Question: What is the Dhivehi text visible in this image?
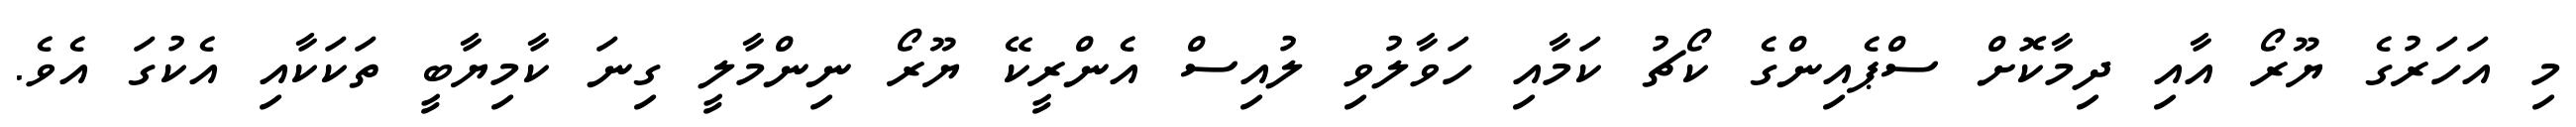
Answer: މި އަހަރުގެ ޔޫރޯ އާއި ދިމާކޮށް ސްޕެއިންގެ ކޯޗު ކަމާއި ހަވާލުވި ލުއިސް އެންރީކޭ ޔޫރޯ ނިންމާލީ ގިނަ ކާމިޔާބީ ތަކަކާއި އެކުގަ އެވެ.